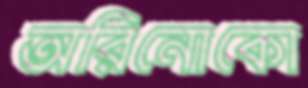
অরিনোকো